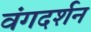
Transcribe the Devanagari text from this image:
वंगदर्शन